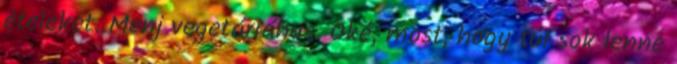
ételeket. Menj vegetáriánus. Oké, most, hogy túl sok lenne